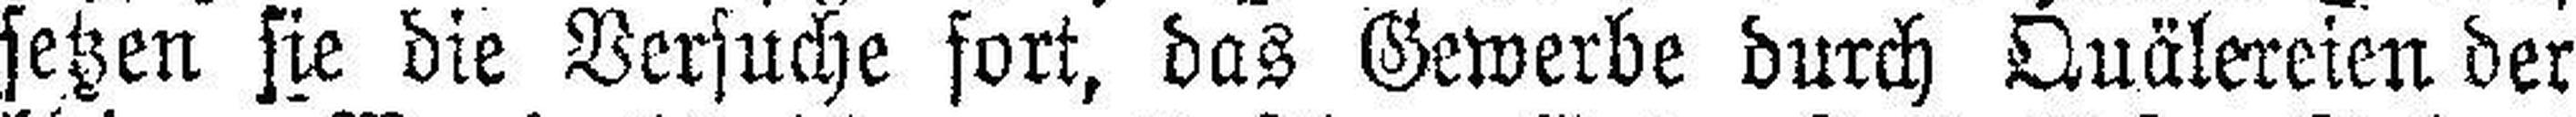
setzen sie die Versuche fort, das Gewerbe durch Quälereien der